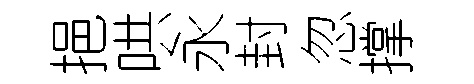
挹哄永封忽撑